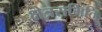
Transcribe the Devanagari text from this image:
क्षेत्रसमिति